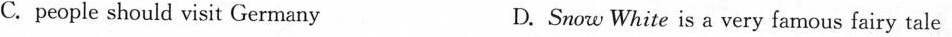
C.people should visit Germany D.Snow White is a very famous fairy tale